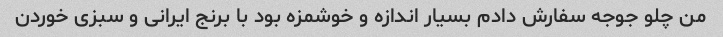
من چلو جوجه سفارش دادم بسیار اندازه و خوشمزه بود با برنج ایرانی و سبزی خوردن